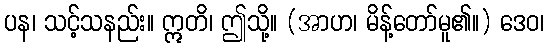
ပန၊ သင့်သနည်း။ ဣတိ၊ ဤသို့။ (အာဟ၊ မိန့်တော်မူ၏။) ဒေဝ၊